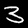
Label: 3